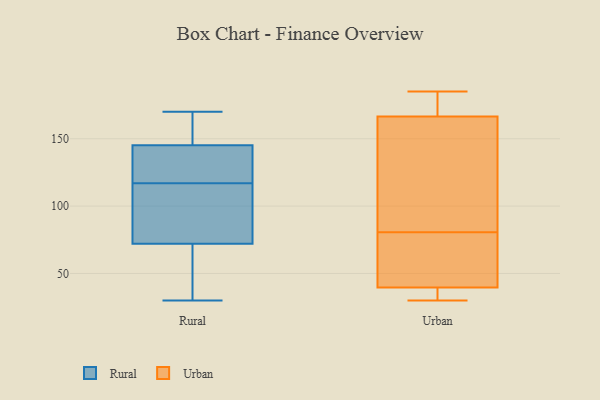
{"axis": {"x": "Budget (USD K)", "y": "Value"}, "legend": ["Rural", "Urban"], "data": [{"x": "", "y": 127, "type": "Rural"}, {"x": "", "y": 146, "type": "Rural"}, {"x": "", "y": 62, "type": "Rural"}, {"x": "", "y": 153, "type": "Rural"}, {"x": "", "y": 90, "type": "Rural"}, {"x": "", "y": 117, "type": "Rural"}, {"x": "", "y": 170, "type": "Rural"}, {"x": "", "y": 143, "type": "Rural"}, {"x": "", "y": 93, "type": "Rural"}, {"x": "", "y": 30, "type": "Rural"}, {"x": "", "y": 66, "type": "Rural"}, {"x": "", "y": 38, "type": "Urban"}, {"x": "", "y": 179, "type": "Urban"}, {"x": "", "y": 183, "type": "Urban"}, {"x": "", "y": 147, "type": "Urban"}, {"x": "", "y": 101, "type": "Urban"}, {"x": "", "y": 40, "type": "Urban"}, {"x": "", "y": 39, "type": "Urban"}, {"x": "", "y": 184, "type": "Urban"}, {"x": "", "y": 60, "type": "Urban"}, {"x": "", "y": 154, "type": "Urban"}, {"x": "", "y": 30, "type": "Urban"}, {"x": "", "y": 57, "type": "Urban"}, {"x": "", "y": 185, "type": "Urban"}, {"x": "", "y": 59, "type": "Urban"}, {"x": "", "y": 38, "type": "Urban"}, {"x": "", "y": 103, "type": "Urban"}]}